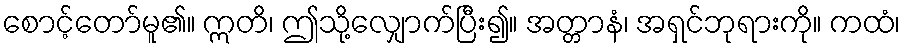
စောင့်တော်မူ၏။ ဣတိ၊ ဤသို့လျှောက်ပြီး၍။ အတ္တာနံ၊ အရှင်ဘုရားကို။ ကထံ၊